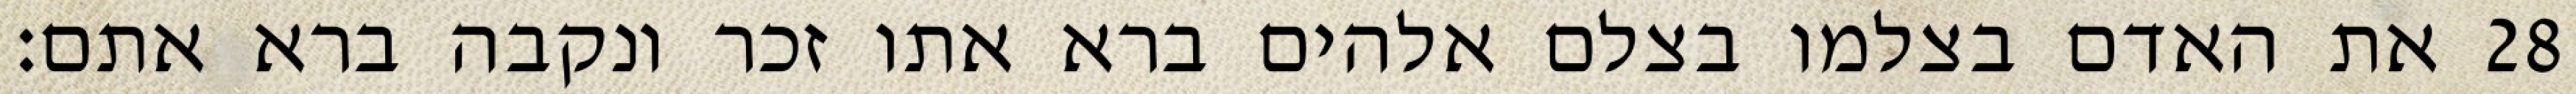
את האדם בצלמו בצלם אלהים ברא אתו זכר ונקבה ברא אתם׃ ‎28‏